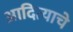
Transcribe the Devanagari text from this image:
आदित्याचे